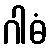
ဂါဓံ